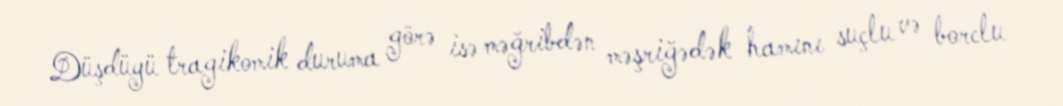
Düşdüyü tragikomik duruma görə isə məğribdən məşriğədək hamını suçlu və borclu